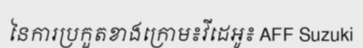
នៃការប្រកួតខាងក្រោម៖វីដេអូ៖ AFF Suzuki